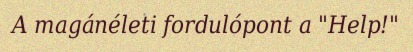
A magánéleti fordulópont a "Help!"